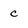
Character: c